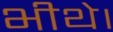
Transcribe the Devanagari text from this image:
भीथे।